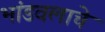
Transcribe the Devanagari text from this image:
भांडवलाचे